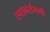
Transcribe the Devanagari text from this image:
स्नानसंगमी